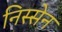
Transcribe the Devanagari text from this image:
निस्सेन